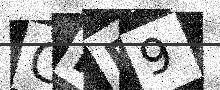
Text: GHD9